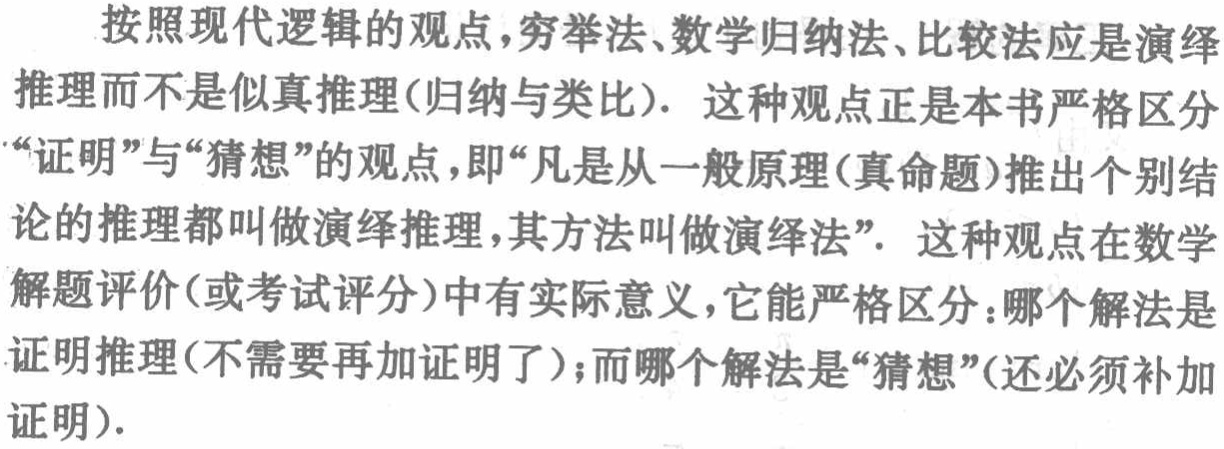
按照现代逻辑的观点，穷举法、数学归纳法、比较法应是演绎推理而不是似真推理(归纳与类比). 这种观点正是本书严格区分“证明”与“猜想”的观点，即“凡是从一般原理(真命题)推出个别结论的推理都叫做演绎推理，其方法叫做演绎法”. 这种观点在数学解题评价(或考试评分)中有实际意义，它能严格区分：哪个解法是证明推理(不需要再加证明了)；而哪个解法是“猜想”(还必须补加证明).